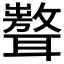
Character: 𦗷